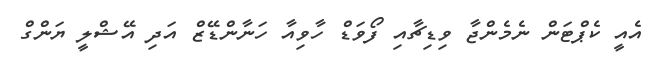
އެއީ ކެޕްޓަން ނެމެންޖާ ވިޑިޗާއި ފޯވަޑް ހާވިއާ ހަނާންޑޭޒް އަދި އޭޝްލީ ޔަންގް